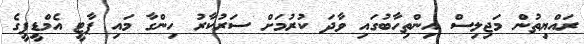
ރައްޔިތުން މަޖިލިސް އިންތިހާބުގައި ވާދަ ކުރުމަށް ސަރުކާރު ހިންގާ މައި ޕާޓީ އެމްޑީޕީގެ